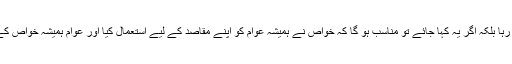
پاکستان میں عوام اور خواص کا تعلق کبھی مضبوط نہیں رہا بلکہ اگر یہ کہا جائے تو مناسب ہو گا کہ خواص نے ہمیشہ عوام کو اپنے مقاصد کے لیے استعمال کیا اور عوام ہمیشہ خواص کے ہاتھوں ان کے لیے خوشی خوشی استعمال ہوتے رہے ۔